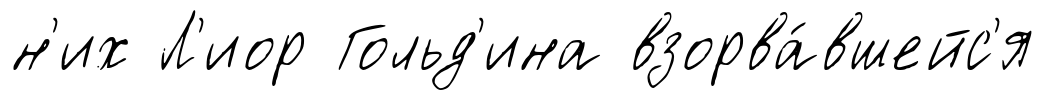
н'их Л'иор Гольд'ина взорва́вшейс'я